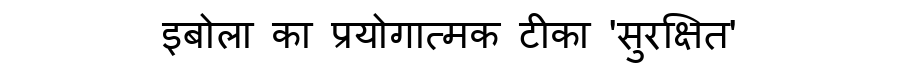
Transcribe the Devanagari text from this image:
इबोला का प्रयोगात्मक टीका 'सुरक्षित'